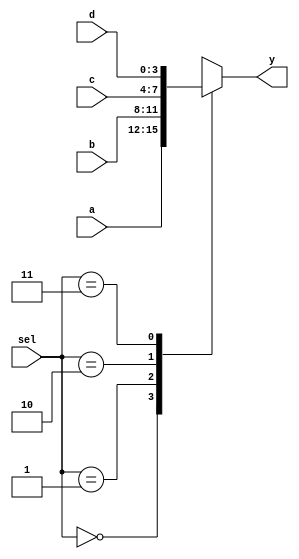
module mux41(a,b,c,d,sel,y);
	input [3:0] a,b,c,d;
	input [1:0] sel;
	output reg [3:0] y;
	
	always@(*) begin
		case(sel)
		2'b00: y=a;
		2'b01: y=b;
		2'b10: y=c;
		2'b11: y=d;
		endcase
	end
endmodule

//mux41.v